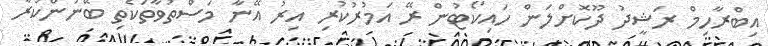
އިބްރާހިމް ރަޝީދު ދޫކޮށްލަން ހައިކޯޓުން ރޭ އަމުރުކުރި އިރު އޭނާ މަސްތުވާތަކެތި ބޭނުންކުރާ